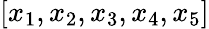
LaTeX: [x_{1},x_{2},x_{3},x_{4},x_{5}]